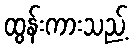
ထွန်းကားသည့်